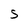
Character: S